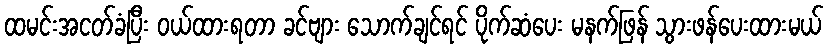
ထမင်းအငတ်ခံပြီး ဝယ်ထားရတာ ခင်ဗျား သောက်ချင်ရင် ပိုက်ဆံပေး မနက်ဖြန် သွားဖန်ပေးထားမယ်